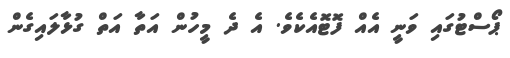
ޕޯސްޓުގައި ވަނީ އެއް ފޮޓޮއެކެވެ. އެ ދެ މީހުން އަތާ އަތް ގުޅާލައިގެން